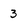
Character: 3